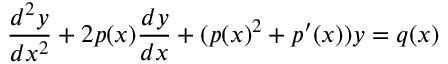
{ \frac { d ^ { 2 } y } { d x ^ { 2 } } } + 2 p ( x ) { \frac { d y } { d x } } + ( p ( x ) ^ { 2 } + p ^ { \prime } ( x ) ) y = q ( x )